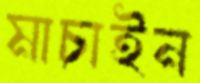
মাচাইন